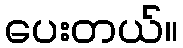
ပေးတယ်။